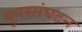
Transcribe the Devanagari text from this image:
पुनस्संघटन